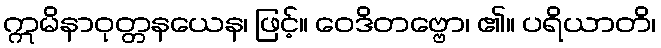
ဣမိနာဝုတ္တနယေန၊ ဖြင့်။ ဝေဒိတဗ္ဗော၊ ၏။ ပရိယာတိ၊